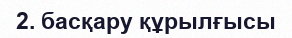
2. басқару құрылғысы